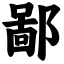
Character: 鄙